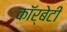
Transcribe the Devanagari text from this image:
कॉर्बेटी